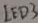
Text: LED3